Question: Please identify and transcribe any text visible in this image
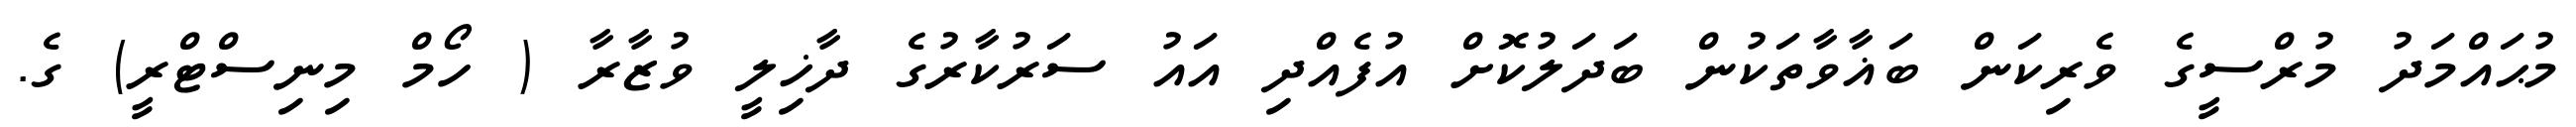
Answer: މުޙައްމަދު މުރްސީގެ ވެރިކަން ބަޣާވާތަކުން ބަދަލުކޮށް އުފެއްދި އައު ސަރުކާރުގެ ދާޚިލީ ވުޒާރާ ( ހޯމް މިނިސްޓްރީ) ގެ.